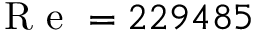
\mathrm { ~ R ~ e ~ } = 2 2 9 4 8 5